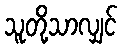
သူတို့သာလျှင်